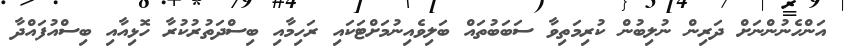
އަންހެނުންނަށް ދަރިން ނުލިބުން ކުރިމަތިވާ ސަބަބުތައް ބަލިވެއިނުމަށްޓަކައި ރަހިމާއި ބިސްދަތުރުކުރާ ހޮޅިއާއި ބިސްއުފައްދާ